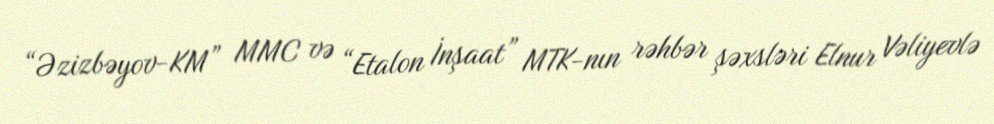
“Əzizbəyov-KM” MMC və “Etalon İnşaat” MTK-nın rəhbər şəxsləri Elnur Vəliyevlə